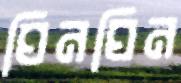
ঘিনঘিন